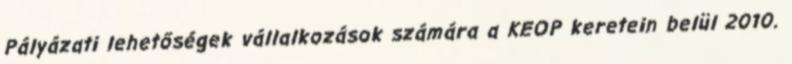
Pályázati lehetőségek vállalkozások számára a KEOP keretein belül 2010.